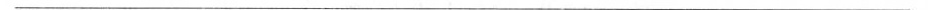
___